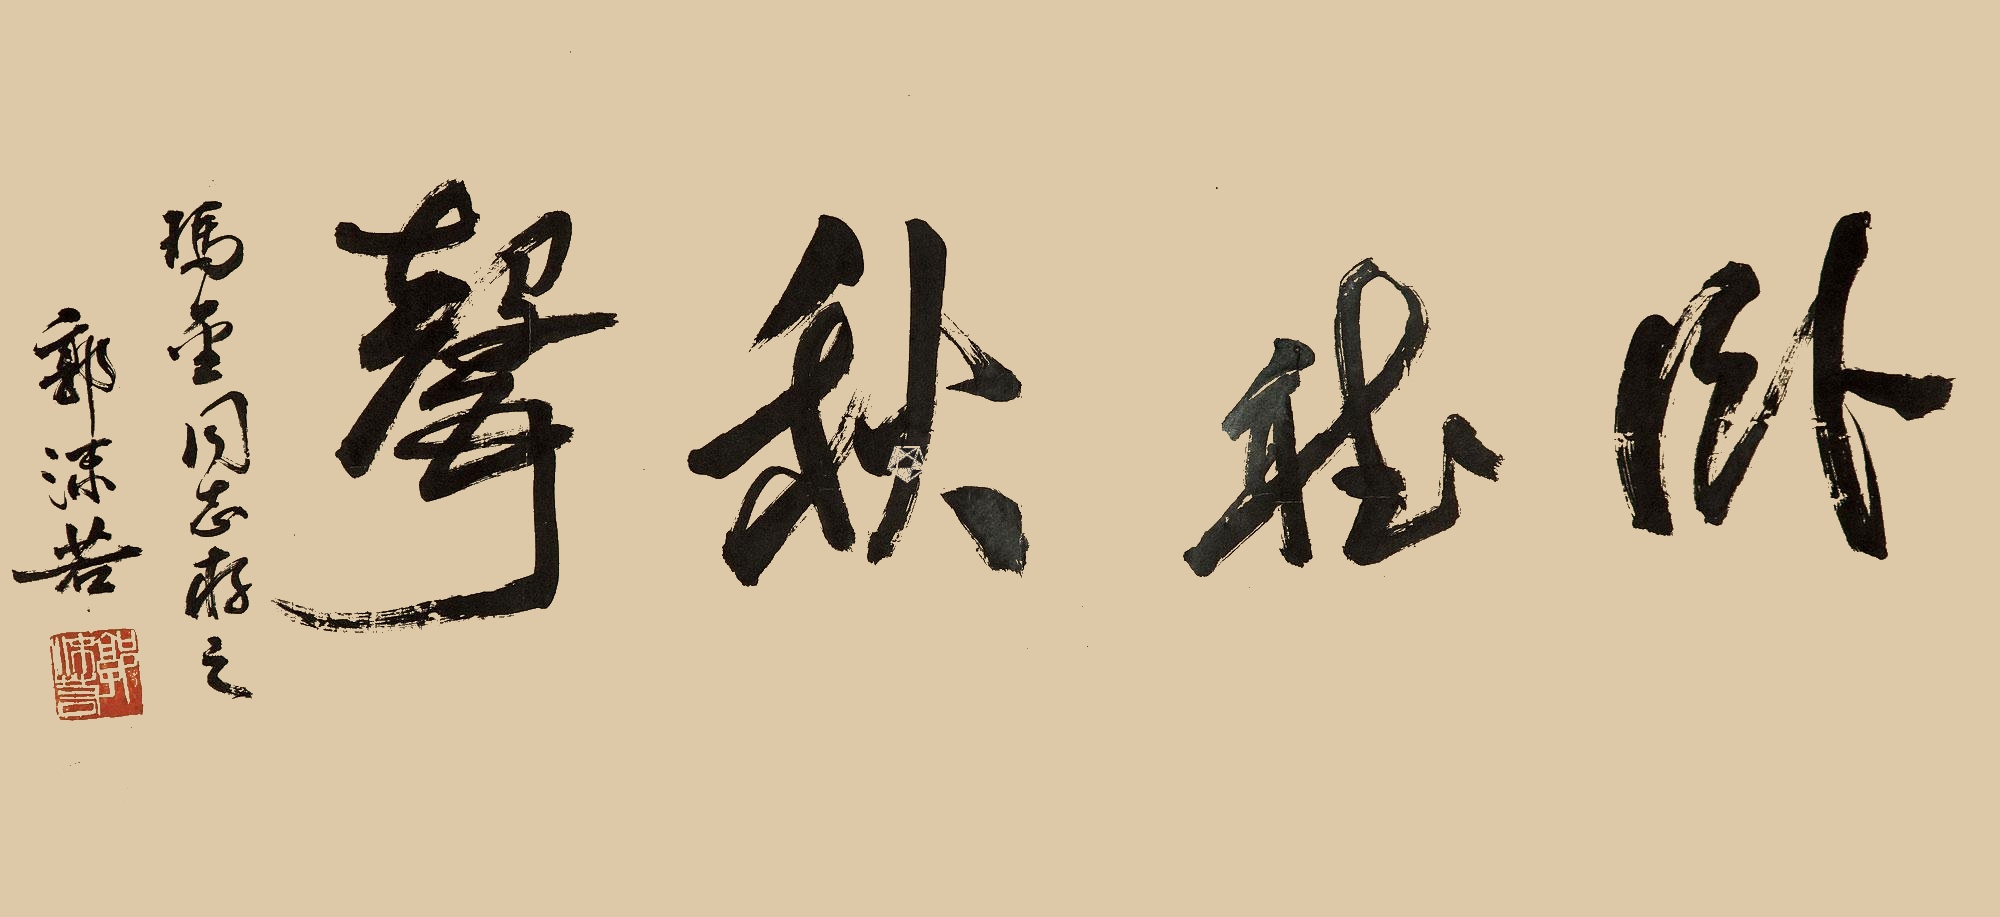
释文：卧听秋声玛金同志存之，郭沫若。